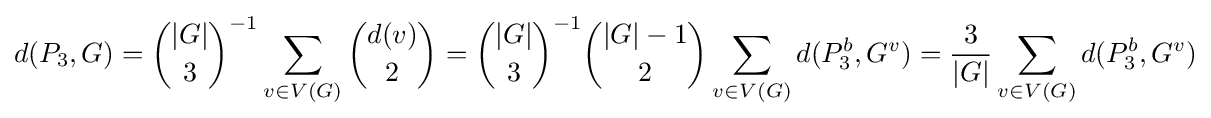
d(P_{3},G)={\binom {|G|}{3}}^{-1}\sum _{v\in V(G)}{\binom {d(v)}{2}}={\binom {|G|}{3}}^{-1}{\binom {|G|-1}{2}}\sum _{v\in V(G)}d(P_{3}^{b},G^{v})={\frac {3}{|G|}}\sum _{v\in V(G)}d(P_{3}^{b},G^{v})